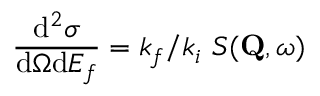
\frac { \mathrm { d } ^ { 2 } \sigma } { \mathrm { d } \Omega \mathrm { d } E _ { f } } = k _ { f } / k _ { i } \ S ( \mathbf { Q } , \omega )